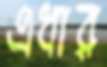
এধার